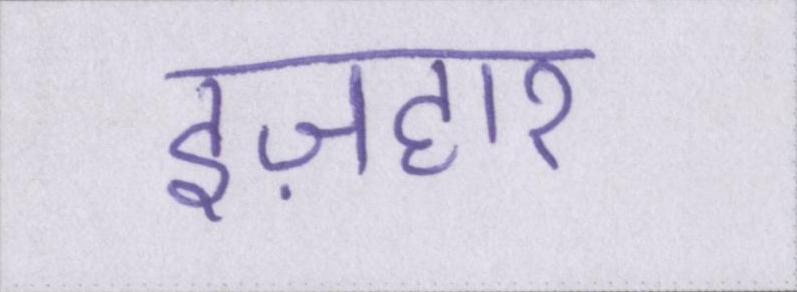
इज़हार